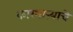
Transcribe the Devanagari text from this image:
कारभाऱ्याचे